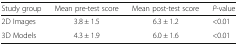
<table><thead><tr><td><b>Study group</b></td><td><b>Mean pre-test score</b></td><td><b>Mean post-test score</b></td><td><b><i>P</i>-value</b></td></tr></thead><tbody><tr><td>2D Images</td><td>3.8 ± 1.5</td><td>6.3 ± 1.2</td><td>&lt;0.01</td></tr><tr><td>3D Models</td><td>4.3 ± 1.9</td><td>6.0 ± 1.6</td><td>&lt;0.01</td></tr></tbody></table>